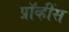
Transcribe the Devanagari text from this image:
प्रॉव्हींस